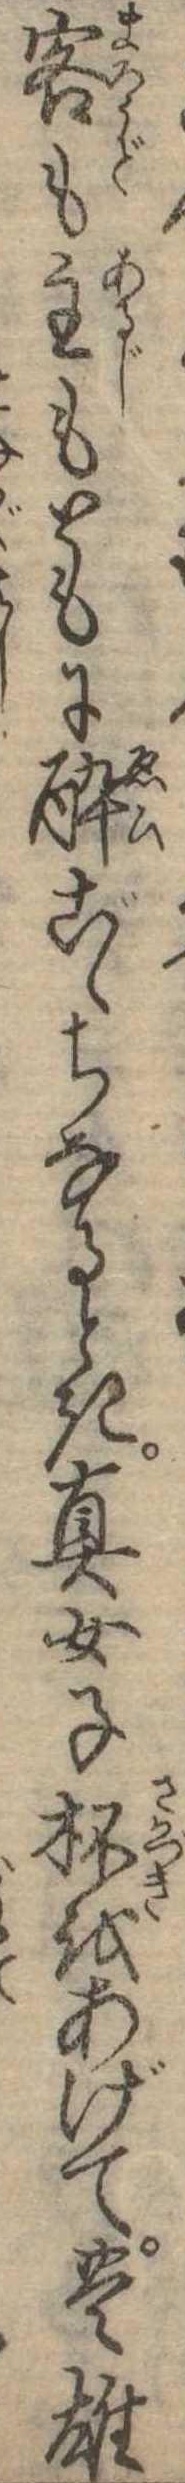
客も主もともに酔ごゝちなるとき真女子杯をあげて豊雄